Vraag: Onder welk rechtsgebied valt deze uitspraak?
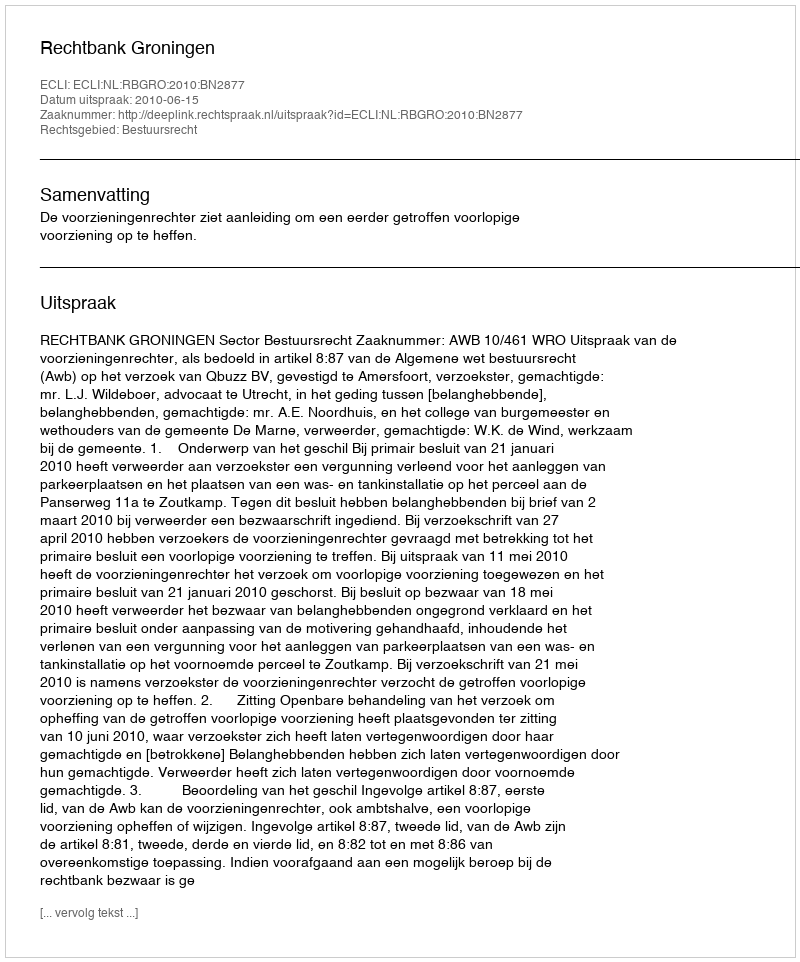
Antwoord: Bestuursrecht